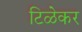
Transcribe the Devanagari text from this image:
टिळेकर